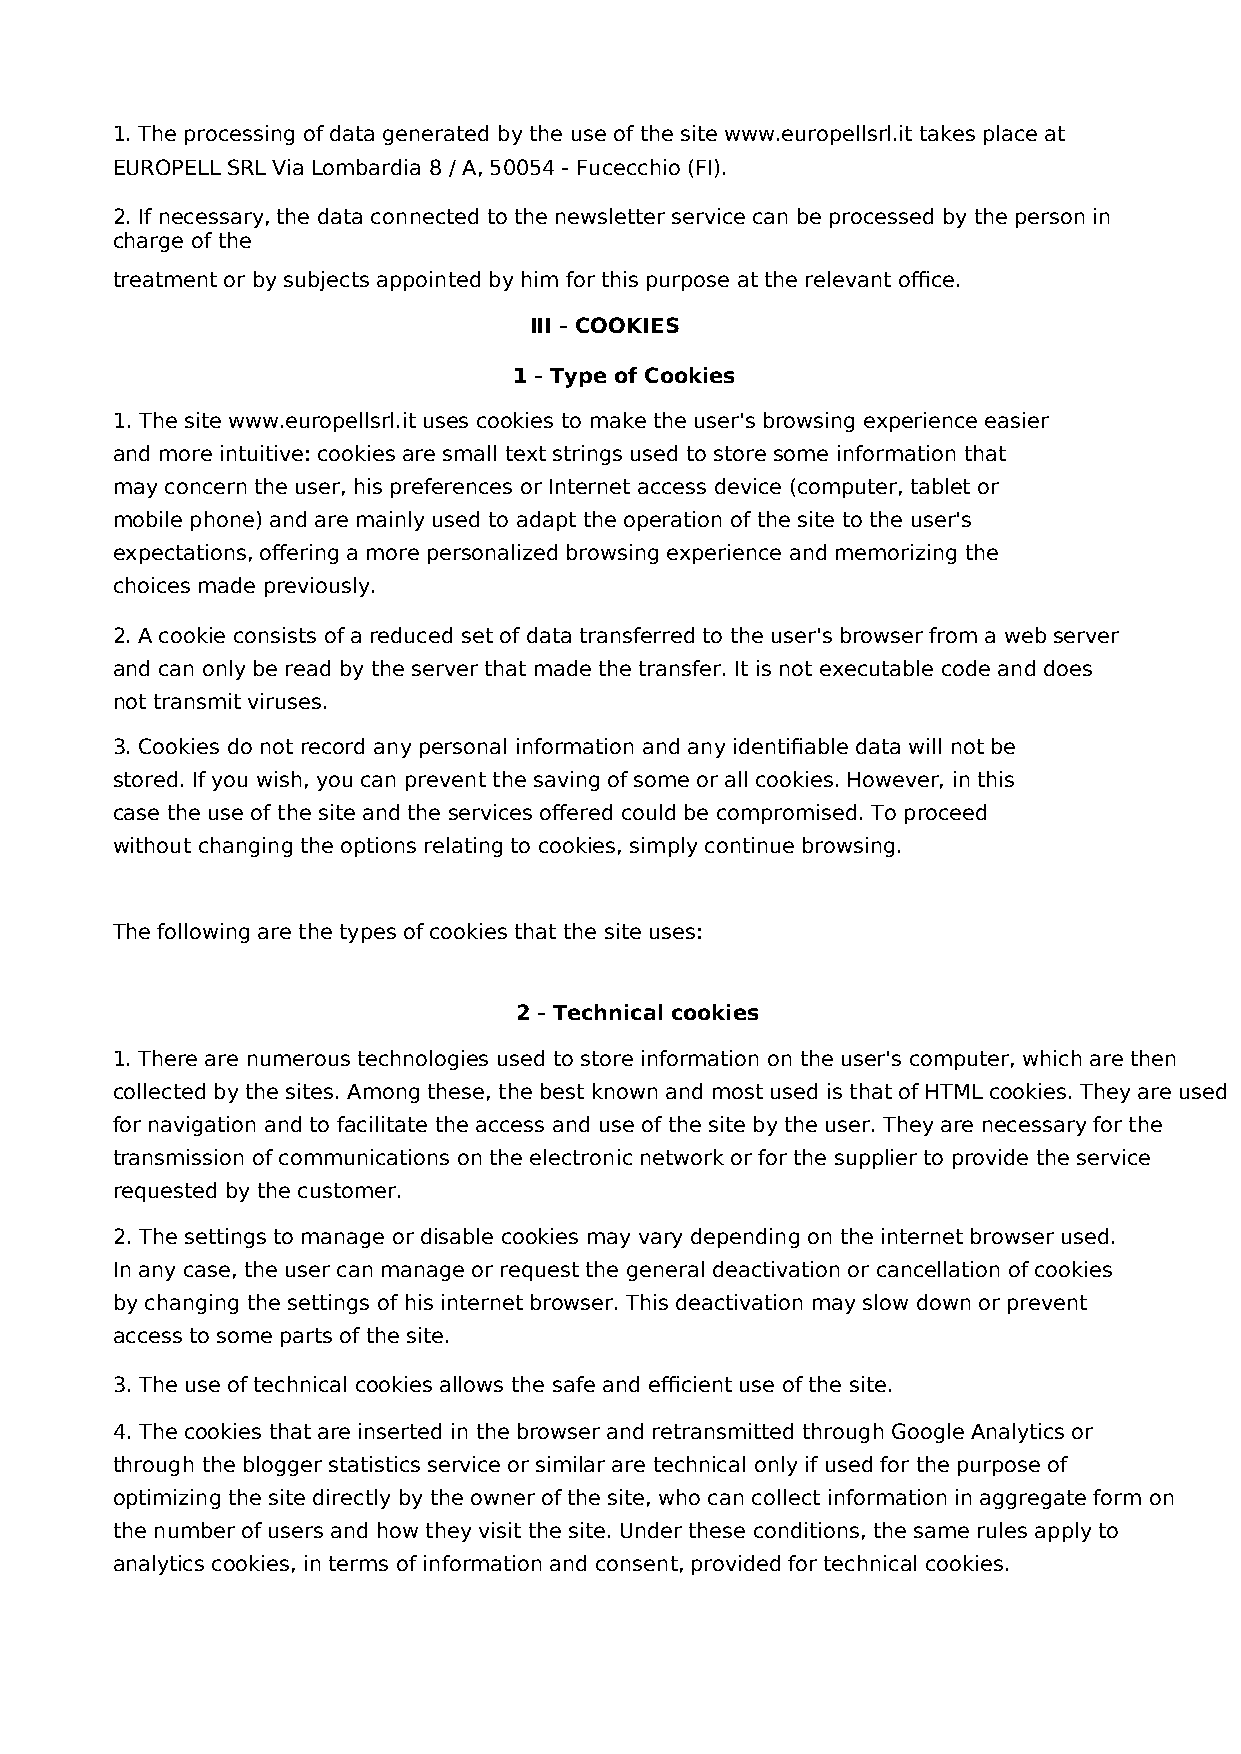
1. The processing of data generated by the use of the site www.europellsrl.it takes place at
 EUROPELL SRL Via Lombardia 8 / A, 50054 - Fucecchio (FI).
 2. If necessary, the data connected to the newsletter service can be processed by the person in
 charge of the
 treatment or by subjects appointed by him for this purpose at the relevant office.
 III - COOKIES
 1 - Type of Cookies
 1. The site www.europellsrl.it uses cookies to make the user's browsing experience easier
 and more intuitive: cookies are small text strings used to store some information that
 may concern the user, his preferences or Internet access device (computer, tablet or
 mobile phone) and are mainly used to adapt the operation of the site to the user's
 expectations, offering a more personalized browsing experience and memorizing the
 choices made previously.
 2. A cookie consists of a reduced set of data transferred to the user's browser from a web server
 and can only be read by the server that made the transfer. It is not executable code and does
 not transmit viruses.
 3. Cookies do not record any personal information and any identifiable data will not be
 stored. If you wish, you can prevent the saving of some or all cookies. However, in this
 case the use of the site and the services offered could be compromised. To proceed
 without changing the options relating to cookies, simply continue browsing.
 The following are the types of cookies that the site uses:
 2 - Technical cookies
 1. There are numerous technologies used to store information on the user's computer, which are then
 collected by the sites. Among these, the best known and most used is that of HTML cookies. They are used
 for navigation and to facilitate the access and use of the site by the user. They are necessary for the
 transmission of communications on the electronic network or for the supplier to provide the service
 requested by the customer.
 2. The settings to manage or disable cookies may vary depending on the internet browser used.
 In any case, the user can manage or request the general deactivation or cancellation of cookies
 by changing the settings of his internet browser. This deactivation may slow down or prevent
 access to some parts of the site.
 3. The use of technical cookies allows the safe and efficient use of the site.
 4. The cookies that are inserted in the browser and retransmitted through Google Analytics or
 through the blogger statistics service or similar are technical only if used for the purpose of
 optimizing the site directly by the owner of the site, who can collect information in aggregate form on
 the number of users and how they visit the site. Under these conditions, the same rules apply to
 analytics cookies, in terms of information and consent, provided for technical cookies.